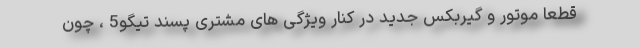
قطعا موتور و گیربکس جدید در کنار ویژگی های مشتری پسند تیگو5 ، چون